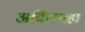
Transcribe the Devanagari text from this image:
अदिलशहा